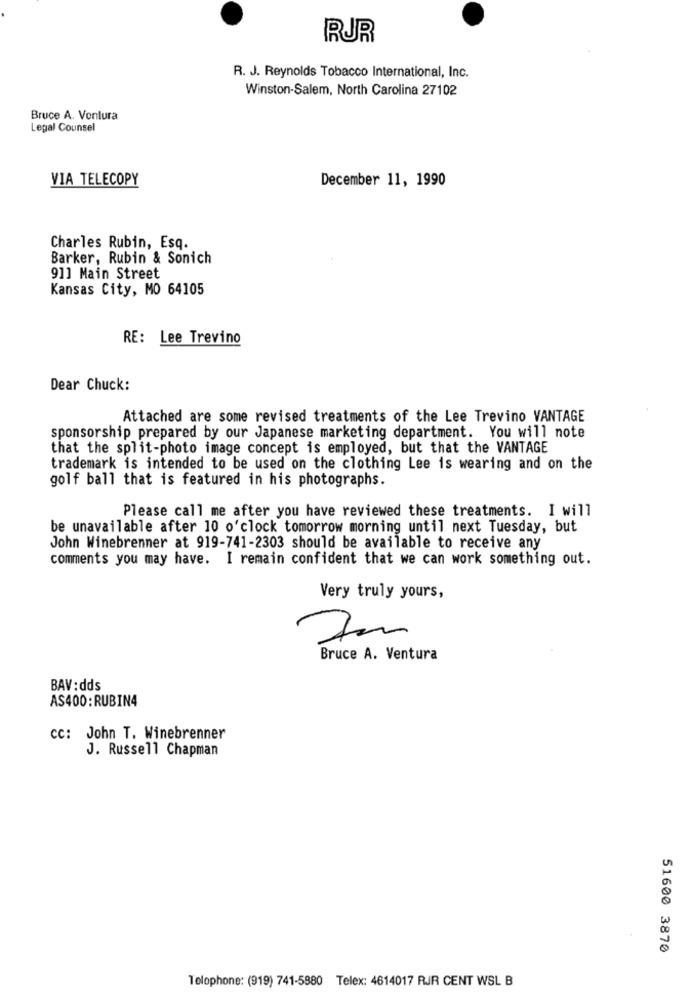
RUR
R. J. Reynolds Tobacco International, Inc.
Winston-Salem, North Carolina 27102
Bruce A. Ventura
Legal Counsel
VIA TELECOPY
December 11, 1990
Charles Rubin, Esq.
Barker, Rubin & Sonich
91] Main Street
Kansas City, MO 64105
RE: Lee Trevino
Dear Chuck:
Attached are some revised treatments of the Lee Trevino VANTAGE
sponsorship prepared by our Japanese marketing department. You will note
that the split-photo image concept is employed, but that the VANTAGE
trademark is intended to be used on the clothing Lee is wearing and on the
golf ball that is featured in his photographs.
Please call me after you have reviewed these treatments. I will
be unavailable after 10 o'clock tomorrow morning until next Tuesday, but
John Winebrenner at 919-741-2303 should be available to receive any
comments you may have. I remain confident that we can work something out.
Very truly yours,
Bruce A. Ventura
BAV:dds
AS400:RUBIN4
cc: John T. Winebrenner
J. Russell Chapman
51600 3870
Telophone: (919) 741-5880 Telex: 4614017 RJR CENT WSL B